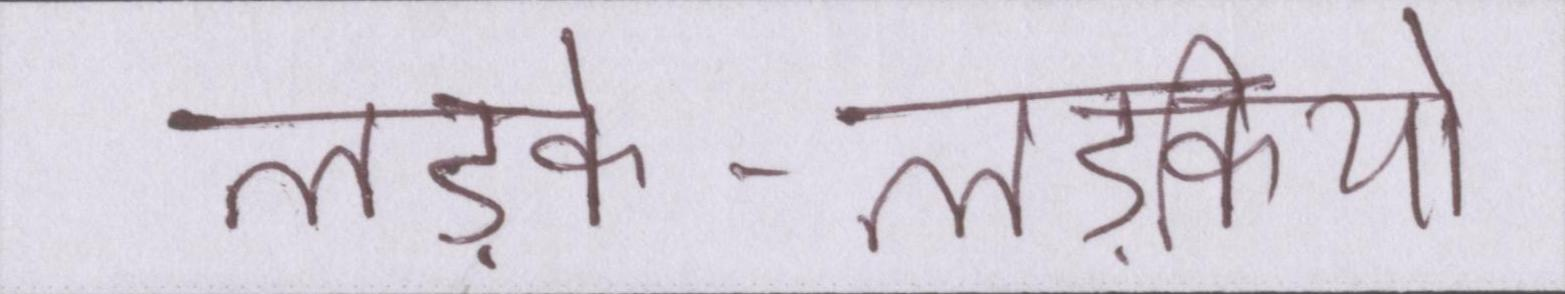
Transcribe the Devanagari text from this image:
लड़के-लड़कियों